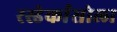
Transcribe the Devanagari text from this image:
रस्डेर्कासोला